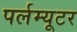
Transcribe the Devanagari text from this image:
पर्लम्यूटर